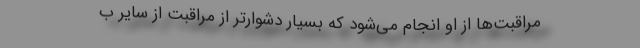
مراقبت‌ها از او انجام می‌شود که بسیار دشوارتر از مراقبت از سایر ب